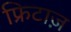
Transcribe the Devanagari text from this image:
फ्रिटाज़